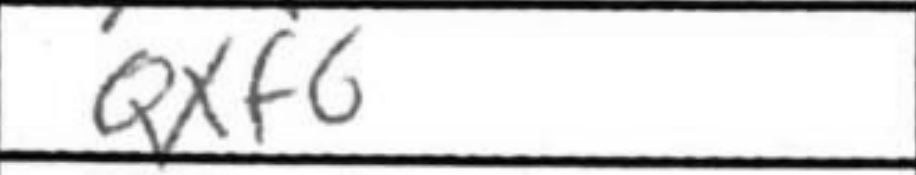
Transcription: Qxf6